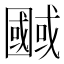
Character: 𭍷